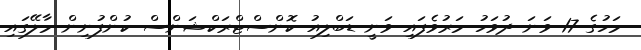
މަހުގެ 17 ވަނަ ދުވަހު މަރުވެފައި ވަނީ ޑަބްލިއު ކޮންސްޓްރަކްޝަންސް ކުންފުނިން މާލޭގައި